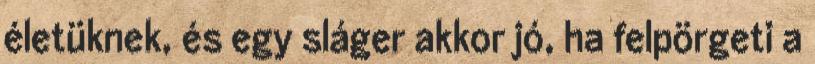
életüknek, és egy sláger akkor jó, ha felpörgeti a